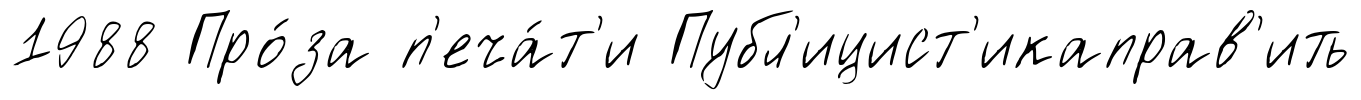
1988 Про́за п'еча́т'и Публ'ицист'икаправ'ить